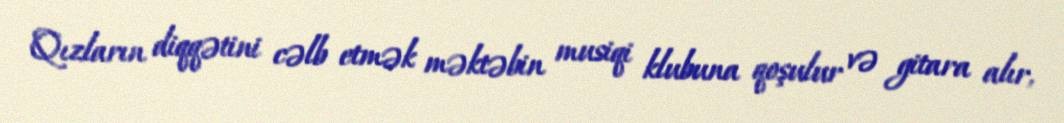
Qızların diqqətini cəlb etmək məktəbin musiqi klubuna qoşulur və gitara alır,